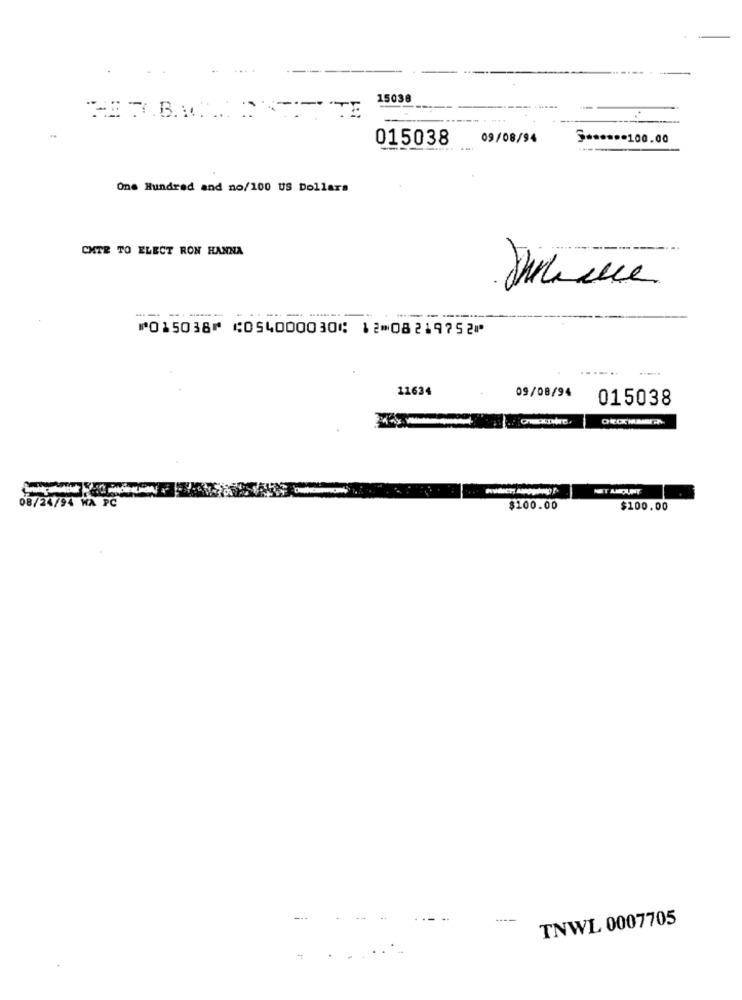
15038
015038
09/08/94
***** 100.00
One Hundred and no/100 US Dollars
CHTE TO ELECT RON HANNA
--
---
--------
⑈015038⑈ ⑆054000030⑆ 12⑉08219752⑈
11634
09/08/94
015038
08/24/94 HA PC
$100.00
$100.00
TNWL 0007705